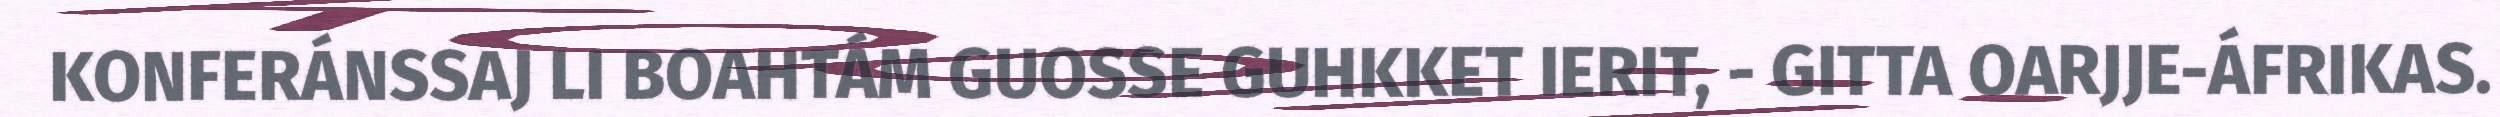
KONFERÁNSSAJ LI BOAHTÁM GUOSSE GUHKKET IERIT, - GITTA OARJJE-ÁFRIKAS.